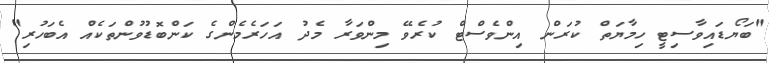
"ބަޔޯޑައިވާސިޓީ ހިމާޔަތް ކުރަން އިންވެސްޓް ކުރެވޭ މިންވަރާ މެދު އަހަރެމެންގެ ކަންބޮޑުވުންތަކެއް އެބަހުރި"